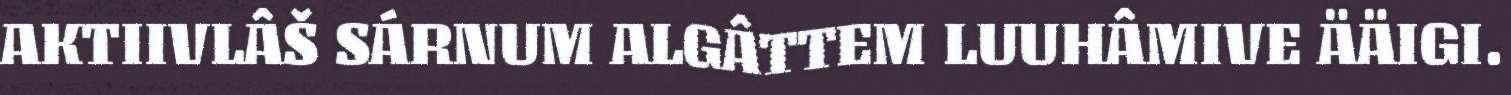
AKTIIVLÂŠ SÁRNUM ALGÂTTEM LUUHÂMIVE ÄÄIGI.